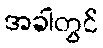
အခါတွင်